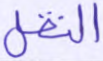
النقل